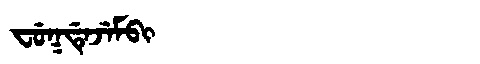
Manchu: ᠸᡠᡴᡩᡝᠵᡝᠮᠪᡳ
Romanization: FUKDEJEMBI